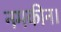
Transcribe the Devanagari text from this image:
नमकीन।